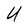
Character: U